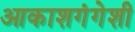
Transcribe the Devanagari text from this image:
आकाशगंगेशी